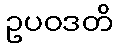
ဥပဝဒတိ